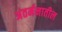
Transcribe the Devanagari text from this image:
अंतर्मनातील